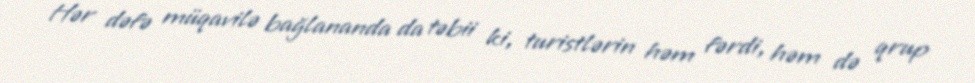
Hər dəfə müqavilə bağlananda da təbii ki, turistlərin həm fərdi, həm də qrup